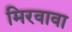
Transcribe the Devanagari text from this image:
मिरवावा